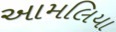
આમલિયા